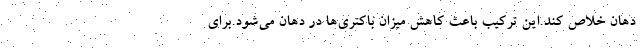
دهان خلاص کند.این ترکیب باعث کاهش میزان باکتری‌ها در دهان می‌شود.برای